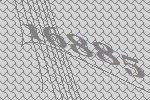
16885